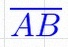
\overline{AB}